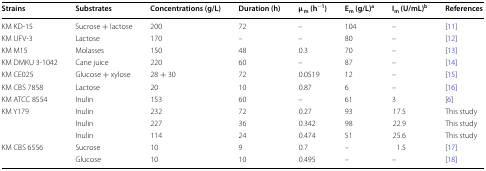
| Strains | Substrates | Concentrations (g/L) | Duration (h) | μm (h−1) | Em (g/L)a | Im (U/mL)b | References |
 | --- | --- | --- | --- | --- | --- | --- | --- |
 | KM KD-15 | Sucrose + lactose | 200 | 72 | – | 104 | – | [11] |
 | KM UFV-3 | Lactose | 170 | – | – | 80 | – | [12] |
 | KM M15 | Molasses | 150 | 48 | 0.3 | 70 | – | [13] |
 | KM DMKU 3-1042 | Cane juice | 220 | 60 | – | 87 | – | [14] |
 | KM CE025 | Glucose + xylose | 28 + 30 | 72 | 0.0519 | 12 | – | [15] |
 | KM CBS 7858 | Lactose | 20 | 10 | 0.87 | 6 | – | [16] |
 | KM ATCC 8554 | Inulin | 153 | 60 | – | 61 | 3 | [6] |
 | <ROWSPAN=3> KM Y179 | Inulin | 232 | 72 | 0.27 | 93 | 17.5 | This study |
 | Inulin | 227 | 36 | 0.342 | 98 | 22.9 | This study |
 | Inulin | 114 | 24 | 0.474 | 51 | 25.6 | This study |
 | <ROWSPAN=2> KM CBS 6556 | Sucrose | 10 | 9 | 0.7 | – | 1.5 | [17] |
 | Glucose | 10 | 10 | 0.495 | – | – | [18] |